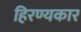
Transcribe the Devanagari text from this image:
हिरण्यकार